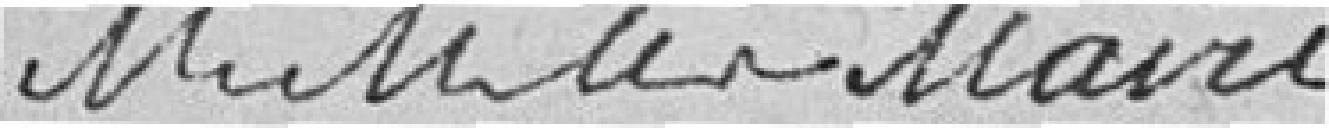
MM les maire